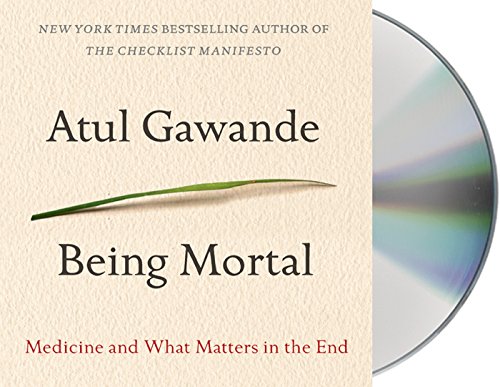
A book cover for Being Mortal: Medicine and What Matters in the End; Atul Gawande; Medical Books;